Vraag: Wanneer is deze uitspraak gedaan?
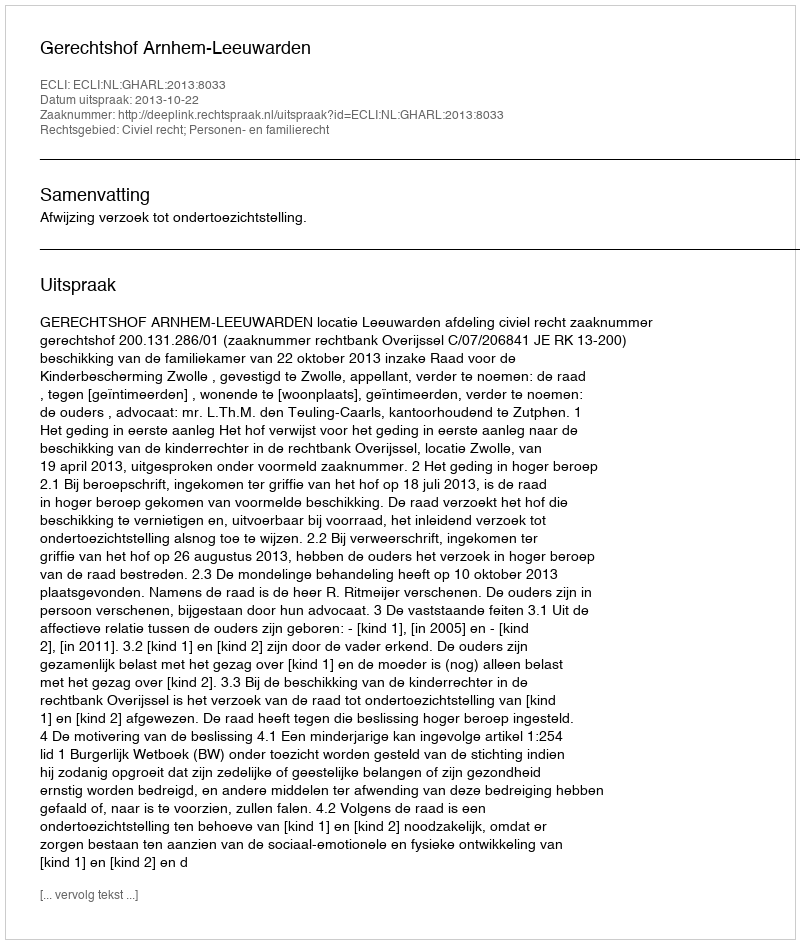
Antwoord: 2013-10-22